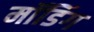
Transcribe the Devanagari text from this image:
मॉडिंग